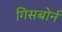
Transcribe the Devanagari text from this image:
गिसबोर्न